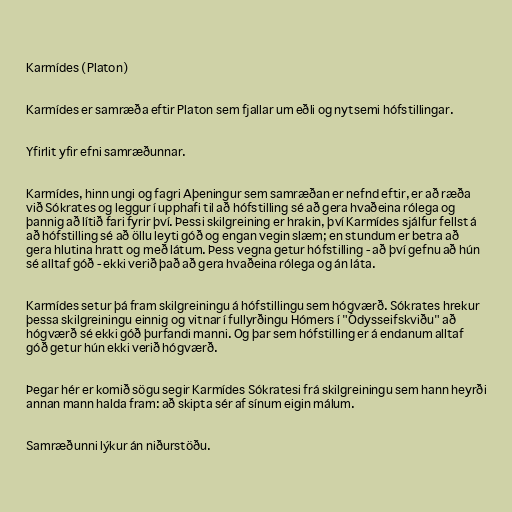
Karmídes (Platon)

Karmídes er samræða eftir Platon sem fjallar um eðli og nytsemi hófstillingar.

Yfirlit yfir efni samræðunnar.

Karmídes, hinn ungi og fagri Aþeningur sem samræðan er nefnd eftir, er að ræða
við Sókrates og leggur í upphafi til að hófstilling sé að gera hvaðeina rólega og
þannig að lítið fari fyrir því. Þessi skilgreining er hrakin, því Karmídes sjálfur fellst á
að hófstilling sé að öllu leyti góð og engan vegin slæm; en stundum er betra að
gera hlutina hratt og með látum. Þess vegna getur hófstilling - að því gefnu að hún
sé alltaf góð - ekki verið það að gera hvaðeina rólega og án láta.

Karmídes setur þá fram skilgreiningu á hófstillingu sem hógværð. Sókrates hrekur
þessa skilgreiningu einnig og vitnar í fullyrðingu Hómers í "Ódysseifskviðu" að
hógværð sé ekki góð þurfandi manni. Og þar sem hófstilling er á endanum alltaf
góð getur hún ekki verið hógværð.

Þegar hér er komið sögu segir Karmídes Sókratesi frá skilgreiningu sem hann heyrði
annan mann halda fram: að skipta sér af sínum eigin málum.

Samræðunni lýkur án niðurstöðu.